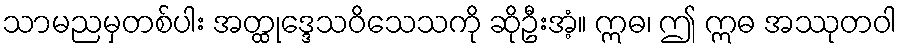
သာမညမှတစ်ပါး အတ္ထုဒ္ဒေသဝိသေသကို ဆိုဦးအံ့။ ဣဓ၊ ဤ ဣဓ အဿုတဝါ